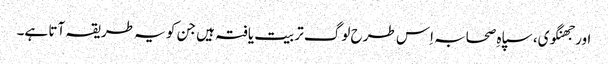
اور جھنگوی، سپاہِ صحابہ اِس طرح لوگ تربیت یافتہ ہیں جن کو یہ طریقہ آتا ہے۔